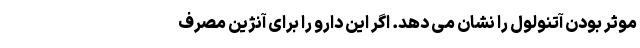
موثر بودن آتنولول را نشان می دهد. اگر این دارو را برای آنژین مصرف